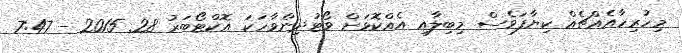
މިހުރިހާއެއްޗެއް ކިޔާފަވެސް މިބިލާއި އެއްކޮޅަށް ވޯޓުދިންވާހަކަ އޮކްޓޯބަރު 28